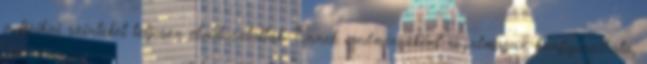
a fizikai szinteket teljesen elválasztották. Ennek eredményeként rugalmasan konfigurálható,